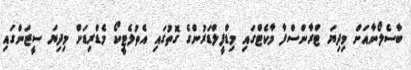
ބާސެލޯނާއަށް މިދިޔަ ޓްރާންސްފާ މާކެޓްގައި މިޑްފީލްޑަރުންގެ ގޮތުގައި އެތުލެޓީކޯ މެޑްރިޑަށް މިދިޔަ ސީޒަންގައި